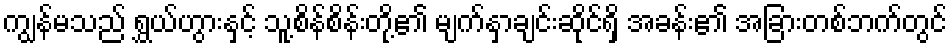
ကျွန်မသည် ရွှယ်ဟွားနှင့် သူ့စိန်စိန်းတို့၏ မျက်နှာချင်းဆိုင်ရှိ အခန်း၏ အခြားတစ်ဘက်တွင်